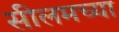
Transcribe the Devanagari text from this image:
सीलमच्या